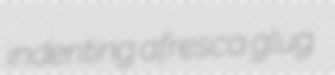
indenting afresca glug